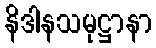
နိဒါနသမုဋ္ဌာနာ